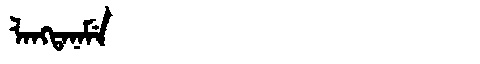
Manchu: ᠯᠠᠩᡨᠠᠨᠠᠮᡝ
Romanization: LANGTANAME